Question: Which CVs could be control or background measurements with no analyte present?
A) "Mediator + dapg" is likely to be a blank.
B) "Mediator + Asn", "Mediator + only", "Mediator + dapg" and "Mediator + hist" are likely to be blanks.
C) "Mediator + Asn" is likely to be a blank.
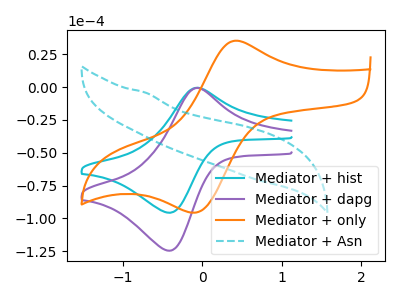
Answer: <think>The cyan curve "Mediator + hist" has an anodic peak at (-0.05V, -0.55uA) and a cathodic peak at (-0.45V, -95.60uA). The purple curve "Mediator + dapg" has an anodic peak at (-0.05V, -0.75uA) and a cathodic peak at (-0.45V, -124.50uA). The orange curve "Mediator + only" has an anodic peak at (0.45V, 35.35uA) and a cathodic peak at (-0.05V, -95.10uA). The cyan dashed curve "Mediator + Asn" has no peaks.</think>
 <answer>C) "Mediator + Asn" is likely to be a blank.</answer>
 <eval>C</eval>